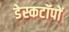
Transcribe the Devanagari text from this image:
डेस्कटॉपों